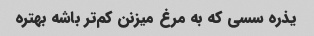
یذره سسی که به مرغ میزنن کم‌تر باشه بهتره